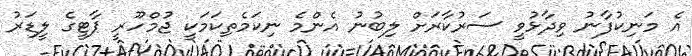
އެ މަނިކުފާނު ވިދާޅުވީ ސަރުކާރަށް ލިބުނު އެންމެ ނިކަމެތިކަމަކީ ޖުމްހޫރީ ޕާޓީގެ ލީޑަރު